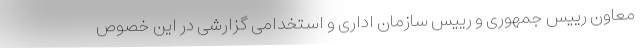
معاون رییس جمهوری و رییس سازمان اداری و استخدامی گزارشی در این خصوص